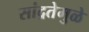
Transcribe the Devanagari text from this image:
सांद्रतेमुळे